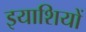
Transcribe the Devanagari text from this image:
इयाशियों